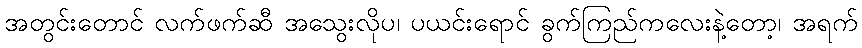
အတွင်းတောင် လက်ဖက်ဆီ အသွေးလိုပ၊ ပယင်းရောင် ခွက်ကြည်ကလေးနဲ့တော့၊ အရက်